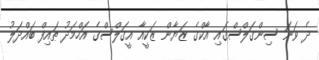
ދެ ވަނަ ސިންގަލްސްގައި އާކްގެ ޒަޔާން ޒަކީއާ އީގަލްސްގެ އަހްމަދު ޠައިފް ބައްދަލު